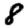
Digit: 8